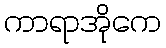
ကာရာအိုကေ